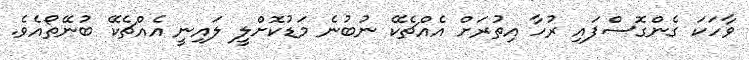
ވާހަކަ ގެންގޮސްފައި ރުހާ އިތުރަށް އެއްޗެކޭ ނުބުނެ މަޑުކޮށްލީ ލައިނީ އެއްޗެކޭ ބުނޭތޯއެވެ.